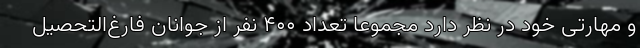
و مهارتی خود در نظر دارد مجموعا تعداد ۴۰۰ نفر از جوانان فارغ‌التحصیل